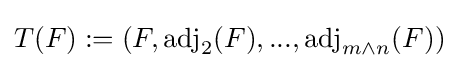
T(F):=(F,{\text{adj}}_{2}(F),...,{\text{adj}}_{m\wedge n}(F))